Annual statistical returns and brief notes on vaccination in Bengal - 1896-1909
Year: 1896
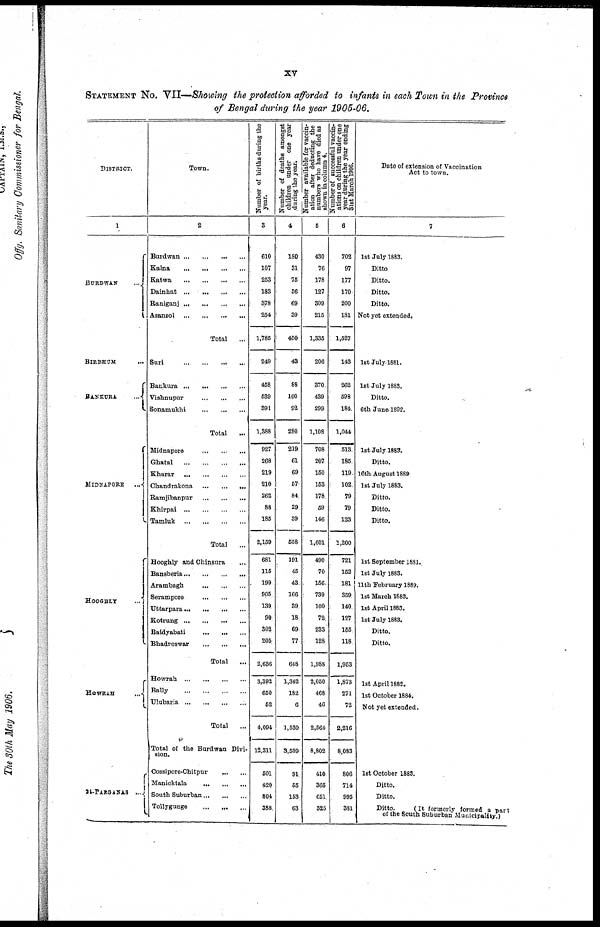
xv
STATEMENT NO. VII—Showing the protection afforded to infants in each Town in the Province
of Bengal during the year 1905-06.
DISTRICT.
1
BURDWAN ...
BIRBHUM ...
BANKURA
...
MIDNAPORE
...
HOOGHLY ...
HOWRAH
...
24-PARGANAS
...
Town.
2
Burdwan
...
...
...
...
Kalna
...
...
...
...
Katwa
...
...
...
...
Dainhat
...
...
...
...
Raniganj
...
...
...
...
Asansol
...
...
...
...
Total
...
Suri
...
...
...
...
Bankura
...
...
...
...
Vishnupur
...
...
...
Sonamukhi
...
...
...
Total
...
Midnapore ... ... ...
Ghatal
...
...
...
...
Kharar
...
...
...
...
Chandrakona
...
...
...
Ramjibanpur
...
...
...
Khirpai
...
...
...
...
Tamluk
...
...
...
...
Total ...
Hooghly and Chinsura ...
Bansberia ... ... ... ...
Arambagh
...
...
...
Serampore
...
...
...
Uttarpara ... ... ... ...
Kotrung
...
...
...
...
Baidyabati
...
...
...
Bhadreswar
...
...
...
Total
...
Howrah
...
...
...
...
Bally
...
...
...
...
Ulubaria
...
...
...
...
Total
...
Total of the Burdwan Divi-
sion.
Cossipore-Chitpur
...
...
Manicktala
...
...
...
South Suburban ... ... ...
Tollygunge
...
...
...
Number of births during the
year.
3
610
107
253
183
378
254
1,785
249
458
539
391
1,388
927
268
219
210
262
88
185
2,159
681
115
199
905
139
90
302
205
2,636
3,392
650
52
4,094
12,311
501
420
804
388
Number of deaths amongst
children under one year
during the year.
4
180
31
75
56
69
39
450
43
88
100
92
280
219
61
69
57
84
29
39
558
191
45
43
166
39
18
69
77
648
1,342
182
6
1,530
3,509
91
55
153
63
Number available for vaccin-
ation after deducting the
numbers who have died as
shown in column 4.
5
430
76
178
127
309
215
1,335
206
370
439
299
1,108
708
207
150
153
178
59
146
1,601
490
70
156
739
100
72
233
128
1,988
2,050
468
46
2,564
8,802
410
365
651
325
Number of successful vaccin-
ations on children under one
year during the year ending
31st March 1906.
6
702
97
177
170
200
181
1,527
143
262
598
184
1,044
513
185
119
102
79
79
123
1,200
721
152
181
359
140
127
166
118
1,953
1,873
271
72
2,216
8,083
806
714
995
381
Date of extension of Vaccination
Act to town.
7
1st July 1883.
Ditto
Ditto.
Ditto.
Ditto.
Not yet extended.
1st July 1881.
1st July 1883.
Ditto.
6th June 1892.
1st July 1883.
Ditto.
16th August 1889
1st July 1883.
Ditto.
Ditto.
Ditto.
1st September 1881.
1st July 1883.
11th February 1889.
1st March 1883.
1st April 1883.
1st July 1883.
Ditto.
Ditto.
1st April 1882.
1st October 1884.
Not yet extended.
1st October 1883.
Ditto.
Ditto.
Ditto.
(It formerly formed a part
of the South Suburban Municipality.)